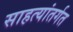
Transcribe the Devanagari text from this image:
साहत्यांतर्गत